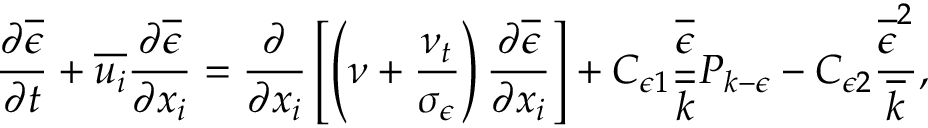
\frac { \partial \overline { { \epsilon } } } { \partial t } + \overline { { u _ { i } } } \frac { \partial \overline { { \epsilon } } } { \partial x _ { i } } = \frac { \partial } { \partial x _ { i } } \left[ \left( \nu + \frac { \nu _ { t } } { \sigma _ { \epsilon } } \right) \frac { \partial \overline { { \epsilon } } } { \partial x _ { i } } \right] + C _ { \epsilon 1 } \frac { \overline { { \epsilon } } } { \overline { { k } } } P _ { k - \epsilon } - C _ { \epsilon 2 } \frac { \overline { { \epsilon } } ^ { 2 } } { \overline { { k } } } ,